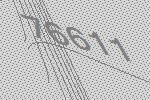
76611